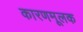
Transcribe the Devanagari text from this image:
कारणमूलक